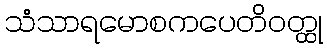
သံသာရမောစကပေတိဝတ္ထု